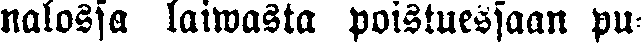
nalossa laiwasta poistuessaan pu-